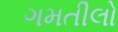
ગમતીલો